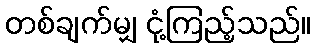
တစ်ချက်မျှ ငုံ့ကြည့်သည်။